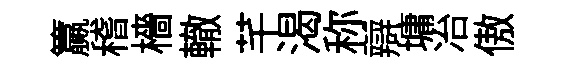
籯稽檣轍芊渴称辯墉冶傲